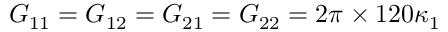
G _ { 1 1 } = G _ { 1 2 } = G _ { 2 1 } = G _ { 2 2 } = 2 \pi \times 1 2 0 \kappa _ { 1 }